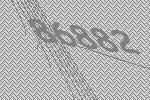
86882